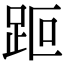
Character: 𧿽